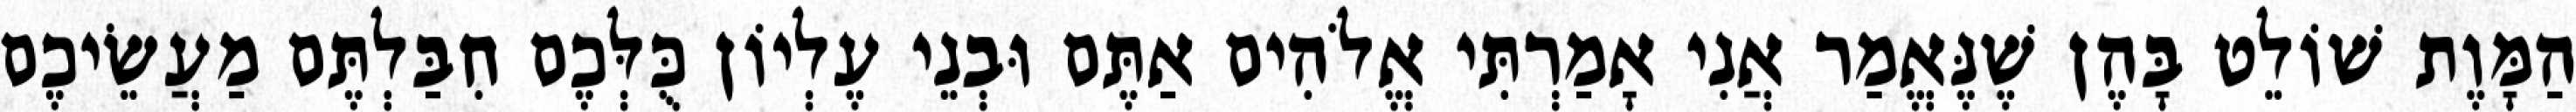
הַמָּוֶת שׁוֹלֵט בָּהֶן שֶׁנֶּאֱמַר אֲנִי אָמַרְתִּי אֱלֹהִים אַתֶּם וּבְנֵי עֶלְיוֹן כֻּלְּכֶם חִבַּלְתֶּם מַעֲשֵׂיכֶם